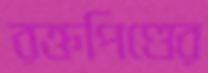
রক্তপিণ্ডের